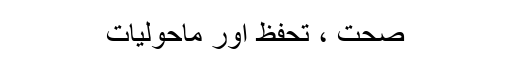
صحت ، تحفظ اور ماحولیات